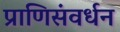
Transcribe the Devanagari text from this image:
प्राणिसंवर्धन